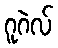
ဂူဂဲလ်